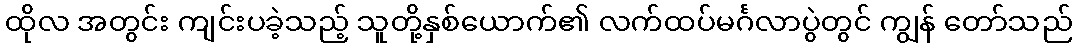
ထိုလ အတွင်း ကျင်းပခဲ့သည့် သူတို့နှစ်ယောက်၏ လက်ထပ်မင်္ဂလာပွဲတွင် ကျွန် တော်သည်